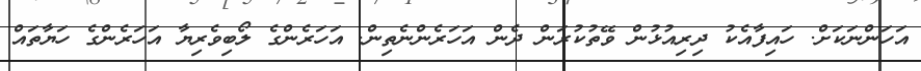
އަހަންނަކަށް. ހައިފާއެކު ދިރިއުޅުން ވޭތުކުރަން ދެން އަހަރެންނެތިން. އަހަރެންގެ ލޯބިވެރިޔާ އަހަރެންގެ ހަޔާތައް